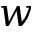
w